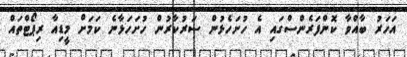
އަަހަރު ބާއްވާ ކޮންފަރެންސްގައި އެ ހުށަހެޅުން ސަރުކާރުން ހުށަހަޅާނެ ކަމަށް މީޑިއާ ރިޕޯޓްތައް